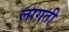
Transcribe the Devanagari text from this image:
लागती